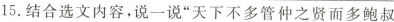
15.结合选文内容，说一说”天下不多管仲之贤而多鲍叔